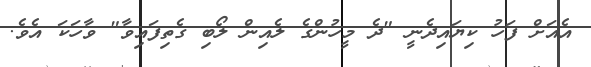
އެއަށް ފަހު ކިޔައިދެނީ "ދެ މީހުންގެ ލެއިން ލޯބި ގެތިފައިވާ" ވާހަކަ އެވެ.